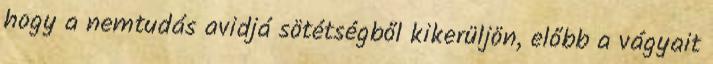
hogy a nemtudás avidjá sötétségből kikerüljön, előbb a vágyait